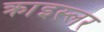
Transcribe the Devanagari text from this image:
क्राइस्लर